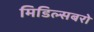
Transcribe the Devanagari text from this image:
मिडिल्सबरो